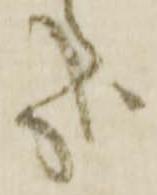
哉